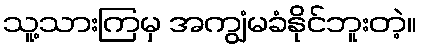
သူ့သားကြမှ အကျွံမခံနိုင်ဘူးတဲ့။